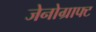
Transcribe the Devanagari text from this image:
जेनोग्राफ्ट